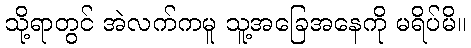
သို့ရာတွင် အဲလက်ကမူ သူ့အခြေအနေကို မရိပ်မိ။